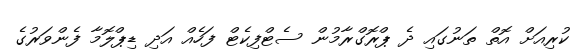
ކުރިއަށް އޮތް ތަނުގައި ދެ ޕްރޮގްރާމުން ސެޓްފިކެޓް ފަހެއް އަދި ޑިޕްލޮމާ ފެންވަރުގެ